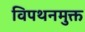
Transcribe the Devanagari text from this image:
विपथनमुक्त